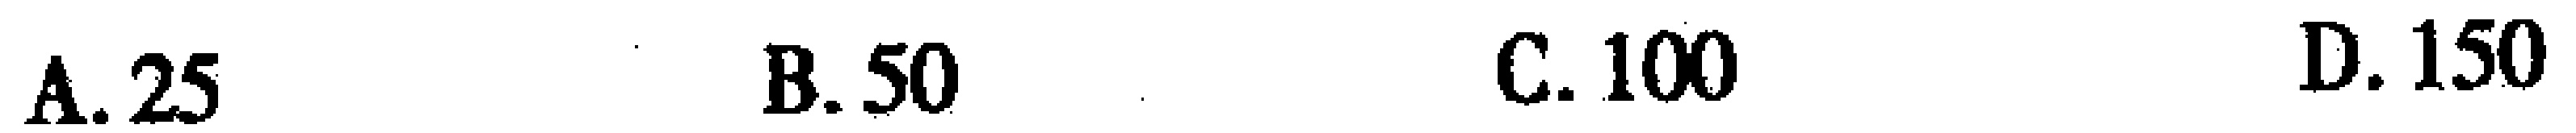
A. 25 \quad B. 50 \quad C. 100 \quad D. 150